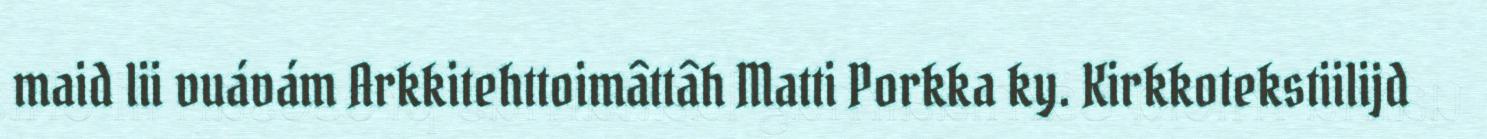
maid lii vuávám Arkkitehttoimâttâh Matti Porkka ky. Kirkkotekstiilijd